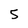
Character: 5